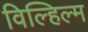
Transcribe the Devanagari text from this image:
विल्हिल्म